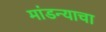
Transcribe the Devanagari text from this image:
मांडन्याचा